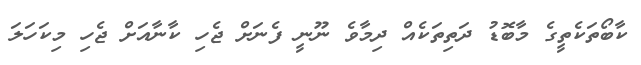
ކާބޯތަކެތީގެ މާބޮޑު ދަތިތަކެއް ދިމާވެ ނޫނީ ފެނަށް ޖެހި ކާނާއަށް ޖެހި މިކަހަލަ